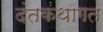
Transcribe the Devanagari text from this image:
दंतकथागत